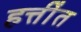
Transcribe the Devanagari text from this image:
हत्तींत